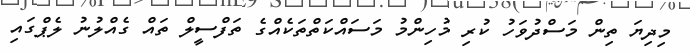
މިދިޔަ ތިން މަސްދުވަހު ކުރި މުހިންމު މަސައްކަތްތަކެއްގެ ތަފްސީލް ތައް ގެއްލުނު ލެޕްގައި